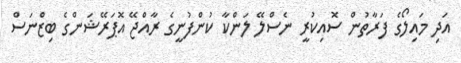
އަދި މައިލޯގެ ފަރާތުން ސޮއިކުރީ ނެސްލޭ ލަންކާ ކުންފުނީގެ ރާއްޖޭ އޮޕަރޭޝަންގެ ބިޒްނަސް